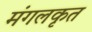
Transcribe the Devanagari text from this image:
मंगलकृत